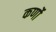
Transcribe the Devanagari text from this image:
कर्णो